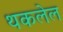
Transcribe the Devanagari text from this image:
थकलेल